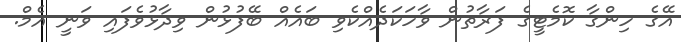
އޭގެ ހިންގާ ކޮމެޓީގެ ފަރާތުން ވާހަކަދެއްކެވި ބައެއް ބޭފުޅުން ވިދާޅުވެފައި ވަނީ އެމް.